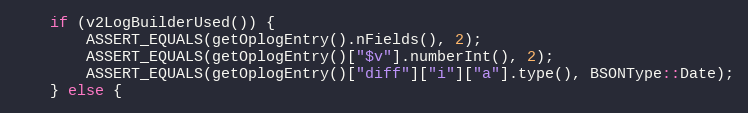
Language: C++
    if (v2LogBuilderUsed()) {
        ASSERT_EQUALS(getOplogEntry().nFields(), 2);
        ASSERT_EQUALS(getOplogEntry()["$v"].numberInt(), 2);
        ASSERT_EQUALS(getOplogEntry()["diff"]["i"]["a"].type(), BSONType::Date);
    } else {